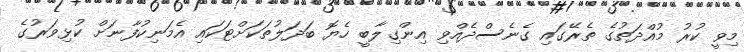
މިވީ ކުރު މުއްދަތުގެ ތެރޭގައި ގެނެސްދެއްވި އިންގިލާބީ ހެޔޮ ބަދަލުތަކަށްޓަކައި އެމަނިކުފާނަށް ކުޅިވަރުގެ